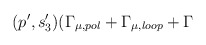
\begin{align*}(p^{\prime },s_{3}^{\prime })(\Gamma _{\mu ,pol}+\Gamma _{\mu ,loop}+\Gamma\end{align*}